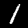
Digit: 1